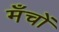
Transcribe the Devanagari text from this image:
मँचों